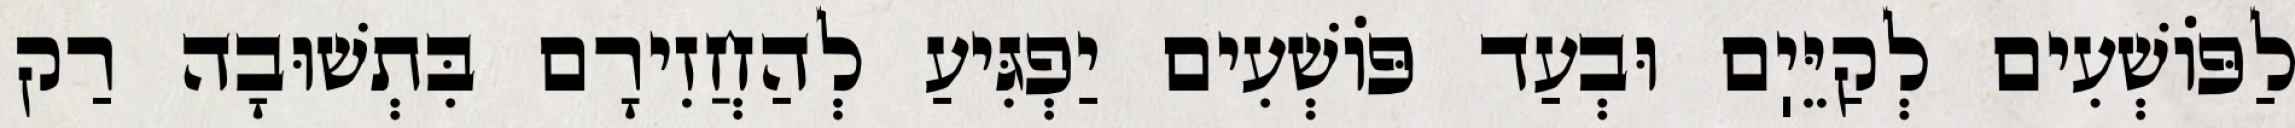
לַפּוֹשְׁעִים לְקַיֵּיֽם וּבְעַד פּוֹשְׁעִים יַפְגִּיעַ לְהַחֲזִירָם בִּתְשׁוּבָה רַק